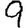
Digit: 9